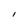
Character: 1